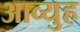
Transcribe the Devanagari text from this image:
आव्युह